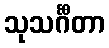
သုသင်္ဂီတာ